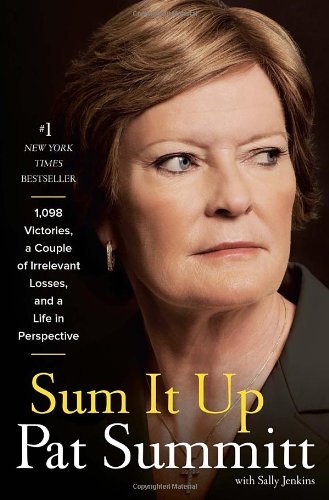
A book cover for Sum It Up: A Thousand and Ninety-Eight Victories, a Couple of Irrelevant Losses, and a Life in Perspective; Pat Head Summitt; Biographies & Memoirs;